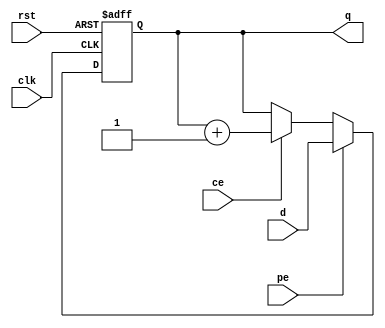
`timescale 1ns / 1ps
//////////////////////////////////////////////////////////////////////////////////
// Company: 
// Engineer: 
// 
// Design Name: 
// Module Name: CNT
// Project Name: 
// Target Devices: 
// Tool Versions: 
// Description: 
// 
// Dependencies: 
// 
// Revision:
// Revision 0.01 - File Created
// Additional Comments:
// 
//////////////////////////////////////////////////////////////////////////////////


module CNT(
    input ce,pe,rst,clk,
    input [3:0]d,
    output reg [3:0]q
    );
    
    always @ (posedge clk or posedge rst)
    begin
        if (rst)
        begin
            q=0;
        end
        else
        begin
            if (pe)
                q=d;
            else if (ce)
                q=q+1;
            else 
                q=q;
        end
    end
endmodule